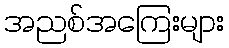
အညစ်အကြေးများ